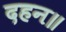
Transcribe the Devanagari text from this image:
दहन॥